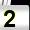
Digit: 2